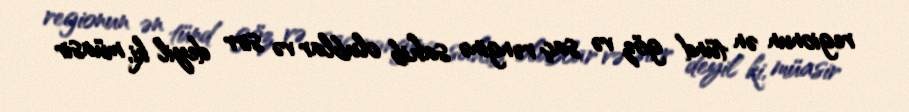
regionun ən tünd göz və saç rənginə sahib olublar və sirr deyil ki, müasir